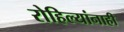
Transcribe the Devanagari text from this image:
रोहिल्यांनाही